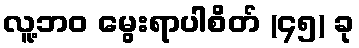
လူ့ဘဝ မွေးရာပါစိတ် (၄၅) ခု